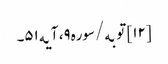
[۱۲] توبه/سوره۹، آیه۵۱۔